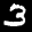
Label: 3